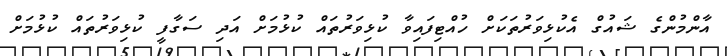
އާންމުންގެ ޝައުގް އެކުޅިވަރުތަކަށް ހުއްޓިފައިވާ ކުޅިވަރުތައް ކުޅުމަށް އަދި ސަގާފީ ކުޅިވަރުތައް ކުޅުމަށް